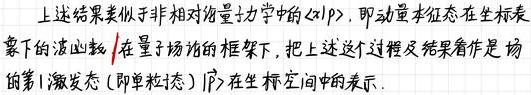
上述结果类似于非相对论量子力学中的$\langle x|p\rangle$，即动量本征态在坐标表象下的波函数. 在量子场论的框架下, 把上述这个过程及结果看作是场的第1激发态 (即单粒态) $|1\rangle$在坐标空间中的表示.